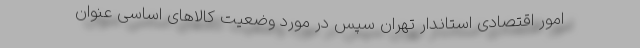
امور اقتصادی استاندار تهران سپس در مورد وضعیت کالاهای اساسی عنوان